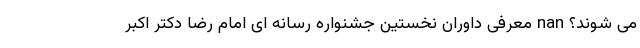
می شوند؟ nan معرفی داوران نخستین جشنواره رسانه ای امام رضا دکتر اکبر